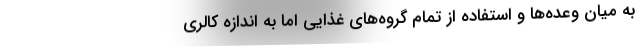
به میان وعده‌ها و استفاده از تمام گروه‌های غذایی اما به اندازه کالری